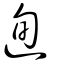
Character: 迿